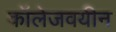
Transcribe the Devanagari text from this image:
कॉलेजवयीन